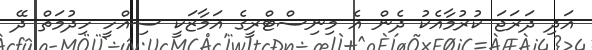
އަދި ދަރަޖަ ކުރުމާއެކު ދެން އެ މިނިސްޓްރީގެ އަމާޒަކީ ސިއްހީ ހިދުމަތް ދޭ